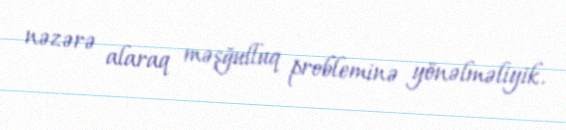
nəzərə alaraq məşğulluq probleminə yönəlməliyik.